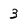
Character: 3